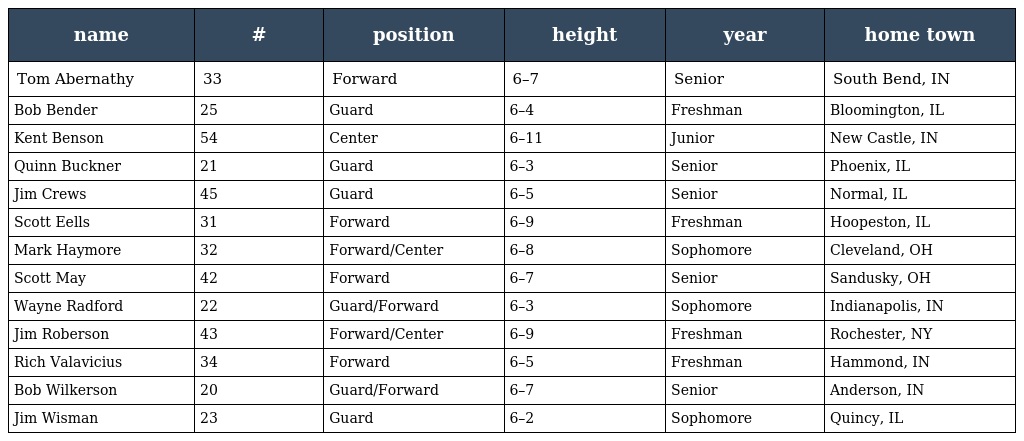
| name | # | position | height | year | home town |
 | --- | --- | --- | --- | --- | --- |
 | Tom Abernathy | 33 | Forward | 6–7 | Senior | South Bend, IN |
 | Bob Bender | 25 | Guard | 6–4 | Freshman | Bloomington, IL |
 | Kent Benson | 54 | Center | 6–11 | Junior | New Castle, IN |
 | Quinn Buckner | 21 | Guard | 6–3 | Senior | Phoenix, IL |
 | Jim Crews | 45 | Guard | 6–5 | Senior | Normal, IL |
 | Scott Eells | 31 | Forward | 6–9 | Freshman | Hoopeston, IL |
 | Mark Haymore | 32 | Forward/Center | 6–8 | Sophomore | Cleveland, OH |
 | Scott May | 42 | Forward | 6–7 | Senior | Sandusky, OH |
 | Wayne Radford | 22 | Guard/Forward | 6–3 | Sophomore | Indianapolis, IN |
 | Jim Roberson | 43 | Forward/Center | 6–9 | Freshman | Rochester, NY |
 | Rich Valavicius | 34 | Forward | 6–5 | Freshman | Hammond, IN |
 | Bob Wilkerson | 20 | Guard/Forward | 6–7 | Senior | Anderson, IN |
 | Jim Wisman | 23 | Guard | 6–2 | Sophomore | Quincy, IL |